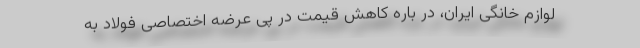
لوازم خانگی ایران، در باره کاهش قیمت در پی عرضه اختصاصی فولاد به